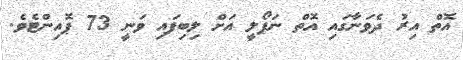
އޮތް އިރު ދެވަނާގައި އޮތް ނަޕޯލީ އަށް ލިބިފައި ވަނީ 73 ޕޮއިންޓެވެ.